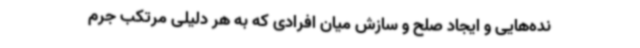
نده‌هایی و ایجاد صلح و سازش میان افرادی که به هر دلیلی مرتکب جرم